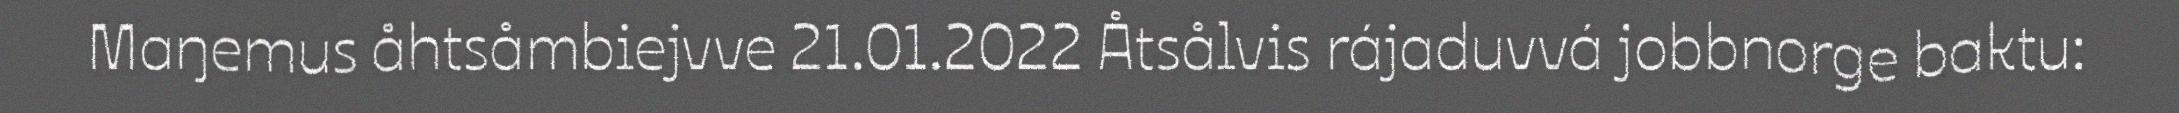
Maŋemus åhtsåmbiejvve 21.01.2022 Åtsålvis rájaduvvá jobbnorge baktu: